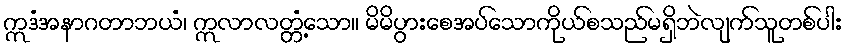
ဣဒံအနာဂတာဘယံ၊ ဣလာလတ္တံ့သော။ မိမိပွားစေအပ်သောကိုယ်စသည်မရှိဘဲလျက်သူတစ်ပါး